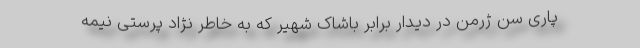
پاری سن ژرمن در دیدار برابر باشاک شهیر که به خاطر نژاد پرستی نیمه